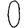
Digit: 0